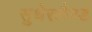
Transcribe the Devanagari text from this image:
सुथेरलैण्ड